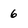
Character: 6